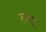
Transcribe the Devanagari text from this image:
तम्बुस